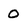
Character: O